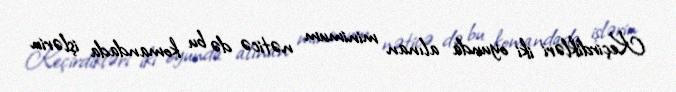
Keçirdikləri iki oyunda alınan minimum nəticə də bu komandada işlərin